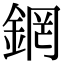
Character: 龬